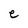
Character: e